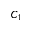
C _ { 1 }